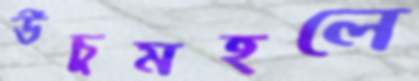
উঁচুমহলে